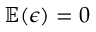
\mathbb { E } ( \epsilon ) = 0